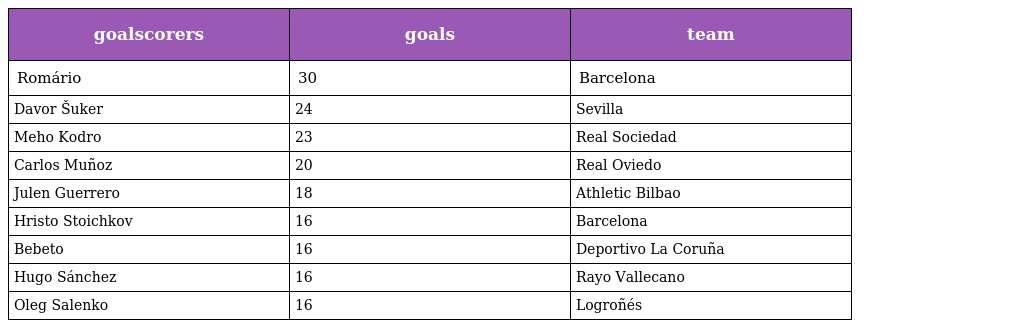
| goalscorers | goals | team |
 | --- | --- | --- |
 | Romário | 30 | Barcelona |
 | Davor Šuker | 24 | Sevilla |
 | Meho Kodro | 23 | Real Sociedad |
 | Carlos Muñoz | 20 | Real Oviedo |
 | Julen Guerrero | 18 | Athletic Bilbao |
 | Hristo Stoichkov | 16 | Barcelona |
 | Bebeto | 16 | Deportivo La Coruña |
 | Hugo Sánchez | 16 | Rayo Vallecano |
 | Oleg Salenko | 16 | Logroñés |